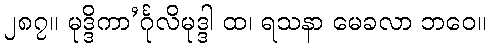
၂၈၇။ မုဒ္ဒိကာ’င်္ဂုလိမုဒ္ဒါ ထ၊ ရသနာ မေခလာ ဘဝေ။